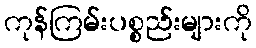
ကုန်ကြမ်းပစ္စည်းများကို